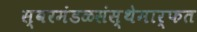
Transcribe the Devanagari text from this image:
स्वरमंडळसंस्थेमार्फत